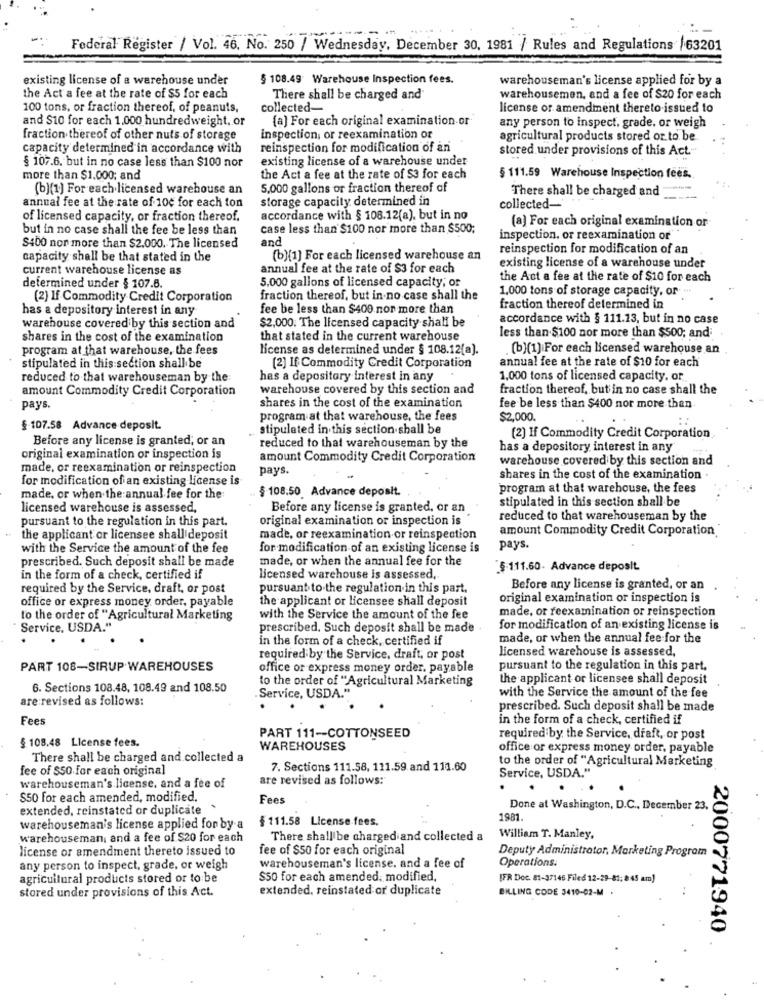
Federal Register / Vol. 46. No. 250 / Wednesday, December 30, 1981 / Rules and Regulations'
/63201
existing license of a warehouse under
§ 108.49 Warehouse Inspection fees.
warehouseman's license applied for by a
the Act a fee at the rate of $5 for each
There shall be charged and
warehousemen, and a fee of $20 for each
100 tons, or fraction thereof, of peanuts,
collected-
license or amendment thereto issued to
and $10 for each 1,000 hundredweight, or
{a) For each original examination or
any person to inspect. grade, or weigh
fraction thereof of other nuts of storage
inspection, or reexamination or
agricultural products stored or to be
capacity determined in accordance with
reinspection for modification of an
stored under provisions of this Act.
§ 107.6. but in no case less than $100 nor
existing license of a warehouse under
more than $1,000; and
the Act a fee at the rate of $3 for each
§ 111.59 Warehouse Inspection fees.
(b)(1) For each licensed warehouse an
5,000 gallons or fraction thereof of
There shall be charged and
storage capacity determined in
annual fee at the rate of 100 for each ton
collected-
of licensed capacity, or fraction thereof.
accordance with § 108.12(a), but in no
(a) For each original examination or
but in no case shall the fee be less than
case less than $100 nor more than $500;
and
inspection. or reexamination or
$400 nor more than $2.000. The licensed
reinspection for modification of an
capacity shall be that stated in the
(b)[1] For each licensed warehouse an
existing license of a warehouse under
current warehouse license as
annual fee at the rate of $3 for each
5.000 gallons of licensed capacity; or
the Act a fee at the rate of $10 for each
determined under $ 107.6.
1,000 tons of storage capacity, or -
(2) If Commodity Credit Corporation
fraction thereof, but in no case shall the
has a depository interest in any
fee be less than $400 nor more than
fraction thereof determined in
accordance with § 111.13, but in no case
warehouse covered by this section and
$2,000. The licensed capacity shall be
shares in the cost of the examination
that stated in the current warehouse
less than $100 nor more than $500; and
program at that warehouse, the fees
license as determined under § 108.12[a].
. (b)(1) For each licensed warehouse an
annual fee at the rate of $10 for each
stipulated in this section shall be
(2) If Commodity Credit Corporation
reduced to that warehouseman by the:
has a depository interest in any
1,000 tons of licensed capacity, or
amount Commodity Credit Corporation
warehouse covered by this section and
fraction thereof, but in no case shall the
shares in the cost of the examination
pays.
fee be less than $400 nor more than
program at that warehouse, the fees
$2,000.
::
§ 107.58 Advance deposit.
stipulated in this section shall be
Before any license is granted, or an
(2) If Commodity Credit Corporation
reduced to that warehouseman by the
has a depository interest in any
original examination or inspection is
amount Commodity Credit Corporation
warehouse covered by this section and
made, or reexamination or reinspection
pays.
for modification of an existing license is
shares in the cost of the examination .
§ 108.50 Advance deposit.
program at that warehouse, the fees
made, or when the annual fee for the
stipulated in this section shall be
licensed warehouse is assessed,
Before any license is granted, or an
pursuant to the regulation in this part.
original examination or inspection is
reduced to that warehouseman by the
amount Commodity Credit Corporation
the applicant or licensee shall deposit
made, or reexamination or reinspection
with the Service the amount of the fee
for modification of an existing license is
pays.
prescribed. Such deposit shall be made
made, or when the annual fee for the
$ 111.60- Advance deposit
in the form of a check, certified if
licensed warehouse is assessed,
required by the Service, draft, or post
pursuant to the regulation in this part.
Before any license is granted, or an
office or express money order, payable
the applicant or licensee shall deposit
original examination or inspection is
made, or feexamination or reinspection
to the order of "Agricultural Marketing
with the Service the amount of the fee
Service, USDA."
prescribed. Such deposit shall be made
for modification of an existing license is
in the form of a check, certified if
made, or when the annual fee for the
licensed warehouse is assessed,
required by the Service, draft, or post
PART 108-SIRUP WAREHOUSES
office or express money order, payable
pursuant to the regulation in this part,
to the order of "Agricultural Marketing
the applicant or licensee shall deposit
6. Sections 108.48, 108.49 and 108.50
Service, USDA."
with the Service the amount of the fee
are revised as follows:
prescribed. Such deposit shall be made
Fees
in the form of a check, certified if
§ 108.48 License fees.
PART 111 -- COTTONSEED
required by the Service, draft, or post
WAREHOUSES
office or express money order, payable
There shall be charged and collected a
to the order of "Agricultural Marketing
fee of $50 for each original
7. Sections 111.58, 111.59 and 111.60
Service, USDA."
are revised as follows:
warehouseman's license, and a fee of
$50 for each amended, modified.
Fees
extended, reinstated or duplicate .
Done at Washington, D.C ., December 23.
§ 111.58 License fees.
1981.
warehouseman's license applied for by a
warehouseman, and a fee of $20 for each
There shall be charged and collected a
William T. Manley,
license or amendment thereto issued to
fee of $50 for each original
Deputy Administrator, Marketing Progrom
any person to inspect, grade, or weigh
warehouseman's license. and a fee of
Operations.
agricultural products stored or to be
$50 for each amended, modified,
[FR Doc. 81-37146 Filed 12-29-81: 8:45 am)
stored under provisions of this Act.
extended, reinstated or duplicate
BILLING CODE 3410-02-M .
2000771940